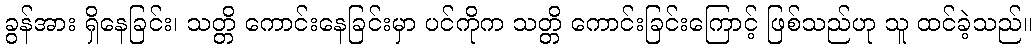
ခွန်အား ရှိနေခြင်း၊ သတ္တိ ကောင်းနေခြင်းမှာ ပင်ကိုက သတ္တိ ကောင်းခြင်းကြောင့် ဖြစ်သည်ဟု သူ ထင်ခဲ့သည်။